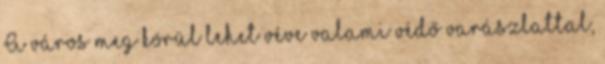
A város meg körül lehet véve valami védő varászlattal,